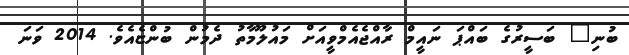
ބުނި" ބަސީރުގެ ބައްޕަ ނައީމް ރާއްޖެއެމްވީއަށް މައުލޫމާތު ދެމުން ބުންޏެއެވެ. 2014 ވަނަ